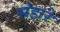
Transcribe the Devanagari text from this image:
संहारे